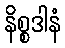
နိစ္စဒါနံ